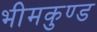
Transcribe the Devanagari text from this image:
भीमकुण्ड